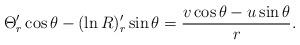
LaTeX: \begin{align*} \Theta '_r\cos \theta -(\ln R)'_r\sin \theta =\frac{v\cos \theta -u\sin \theta }{r}. \end{align*}